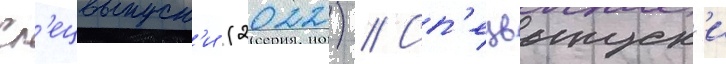
Сп'ецвыпуск'и (2022) // Сп'ецвыпуск'и